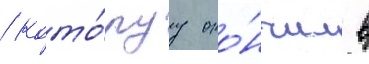
/ кото́руу око́нчил в